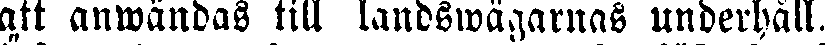
att anwändas till landswägarnas underhåll.